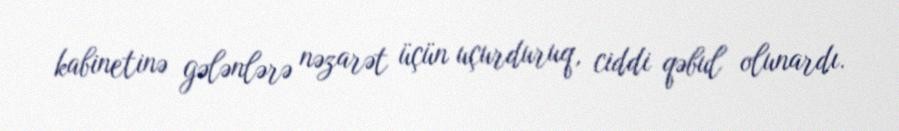
kabinetinə gələnlərə nəzarət üçün uçurduruq, ciddi qəbul olunardı.